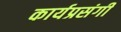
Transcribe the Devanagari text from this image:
कार्यप्रसंगी